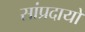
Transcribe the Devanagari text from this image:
सांप्रदायों